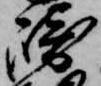
崎